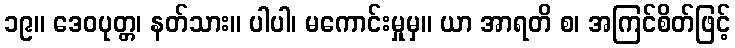
၁၉။ ဒေဝပုတ္တ၊ နတ်သား။ ပါပါ၊ မကောင်းမှုမှ။ ယာ အာရတိ စ၊ အကြင်စိတ်ဖြင့်